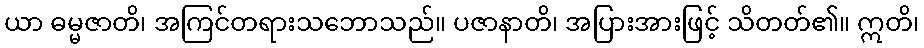
ယာ ဓမ္မဇာတိ၊ အကြင်တရားသဘောသည်။ ပဇာနာတိ၊ အပြားအားဖြင့် သိတတ်၏။ ဣတိ၊